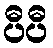
ပီပီ